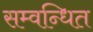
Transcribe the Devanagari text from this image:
सम्वन्धित